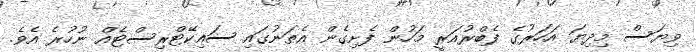
ވިޔަސް މިދިޔަ އަަހަރުގެ ފެބްރުއަރީ މަހުން ފެށިގެން އެތަނުގައި ސައިކޭޓްރިސްޓެއް ނުހުރެ އެވެ.